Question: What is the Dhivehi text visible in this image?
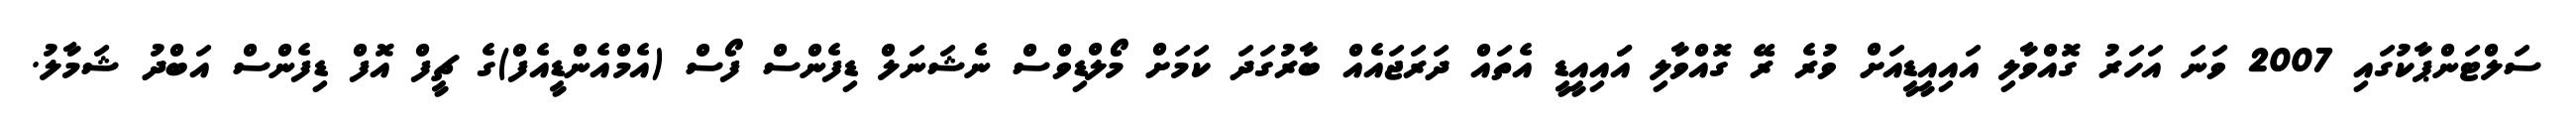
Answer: ސަލްޓަންޕާކުގައި 2007 ވަނަ އަހަރު ގޮއްވާލި އައިއީޑީއަށް ވުރެ ރޭ ގޮއްވާލި އަައިއީޑީ އެތައް ދަރަޖައެއް ބާރުގަދަ ކަމަށް މޯލްޑިވްސް ނެޝަނަލް ޑިފެންސް ފޯސް (އެމްއެންޑީއެފް)ގެ ޗީފް އޮފް ޑިފެންސް އަބްދު ޝަމާލު.